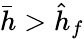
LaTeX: \bar{h}>\hat{h}_{f}